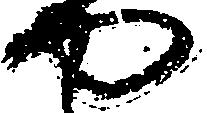
や